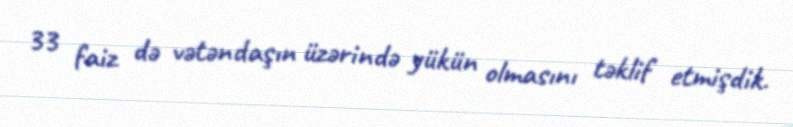
33 faiz də vətəndaşın üzərində yükün olmasını təklif etmişdik.